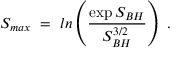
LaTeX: S _ { m a x } ~ = ~ l n \left( { \frac { \exp { S _ { B H } } } { S _ { B H } ^ { 3 / 2 } } } \right) ~ .